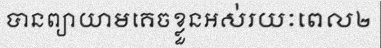
បានព្យាយាមគេចខ្លួនអស់រយៈពេល២